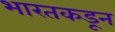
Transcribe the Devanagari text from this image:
भारतकडून